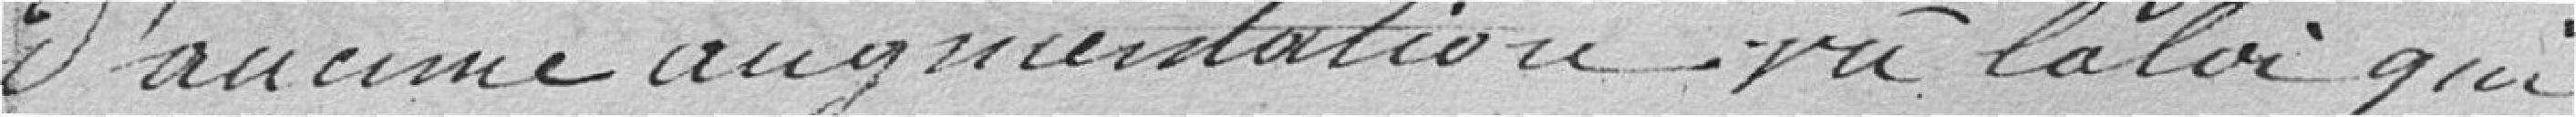
d'aucune augmentation vu la loi qui